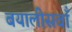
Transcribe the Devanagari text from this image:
बयालीसवाँ